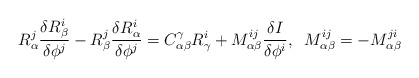
\begin{align*}R^j_\alpha \frac{\delta R^i_\beta}{\delta \phi^j}- R^j_\beta \frac{\delta R^i_\alpha}{\delta \phi^j} = C^\gamma_{\alpha \beta} R^i_\gamma + M^{ij}_{\alpha \beta}\frac{\delta I}{\delta \phi^i}, \; \; M^{ij}_{\alpha \beta} = - M^{ji}_{\alpha \beta}\end{align*}